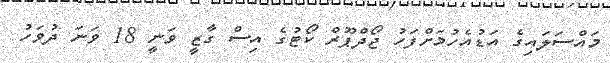
މައްސަލައިގެ އަޑުއެހުމަށްފަހު ޖޯދްޕޫރް ކޯޓުގެ އިސް ގާޒީ ވަނީ 18 ވަނަ ދުވަހު